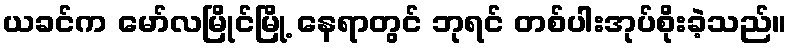
ယခင်က မော်လမြိုင်မြို့ နေရာတွင် ဘုရင် တစ်ပါးအုပ်စိုးခဲ့သည်။